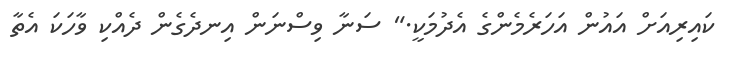
ކައިރިއަށް އައުން އަހަރެމެންގެ އެދުމަކީ." ސަނާ ވިސްނަން އިނދެގެން ދެއްކި ވާހަކަ އެތާ